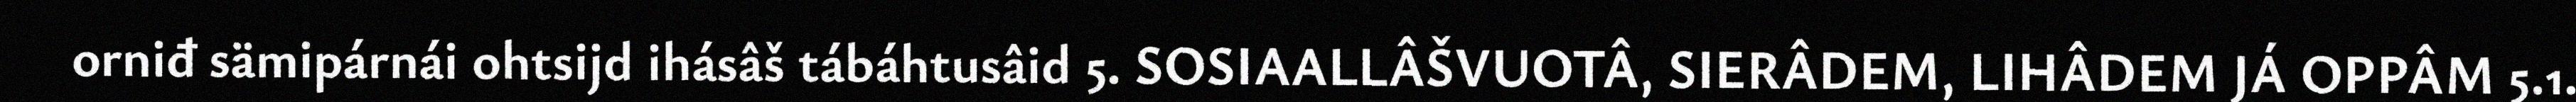
orniđ sämipárnái ohtsijd ihásâš tábáhtusâid 5. SOSIAALLÂŠVUOTÂ, SIERÂDEM, LIHÂDEM JÁ OPPÂM 5.1.